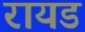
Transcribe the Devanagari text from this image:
रायड